Senior Leaving Certificate Examination (including Day School Certificate (Higher) General paper), 1947
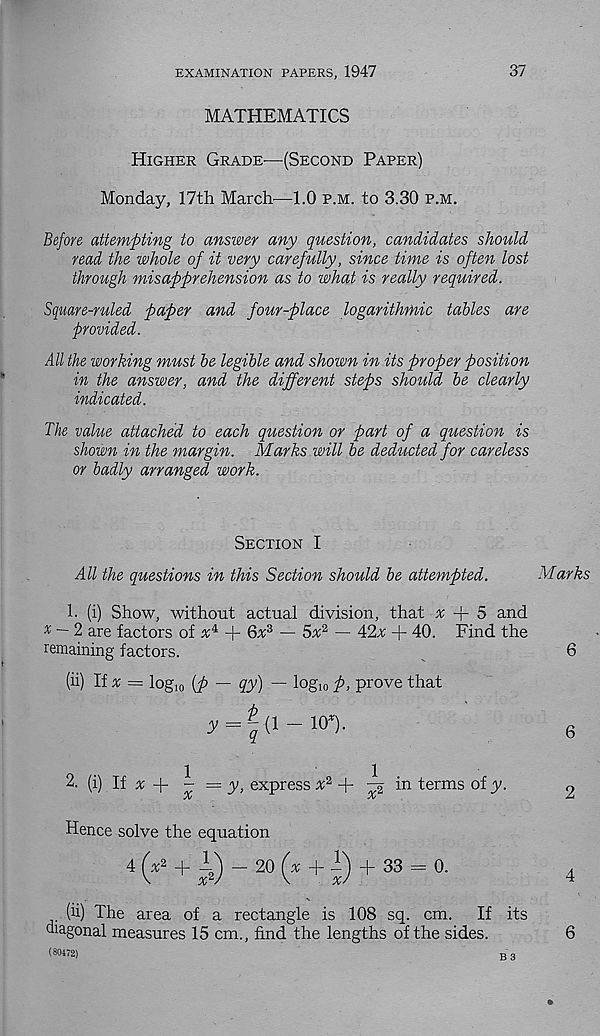
EXAMINATION PAPERS, 1947
37
MATHEMATICS
Higher Grade-—(Second Paper)
Monday, 17th March—1.0 p.m. to 3.30 p.m.
Before attempting to answer any question, candidates should
read the whole of it very carefully, since time is often lost
through misapprehension as to what is really required.
Square-ruled paper and four-place logarithmic tables are
provided.
All the working must be legible and shown in its proper position
in the answer, and the different steps should be clearly
indicated.
The value attached to each question or part of a question is
shown in the margin. Marks will be deducted for careless
or badly arranged work.
Section I
All the questions in this Section should be attempted.
Marks
1. (i) Show, without actual division, that x + 5 and
x — 2 are factors of a 4 + 6x 3 — 5a 2 — 42x + 40. Find the
remaining factors.
6
(ii) If * = log 10 {p — qy) — logjo p, prove that
y = £ (1 - 10').
2. (i) If ^
- = y ! express x* -f i in terms of y.
Hence solve the equation
4 (* 2 + iO ~ 20 (% + 1) + 33 = 0.
. (ii) The area of a rectangle is 108 sq. cm.
If its
diagonal measures 15 cm., find the lengths of the sides.
(80472)
g 3
6